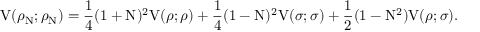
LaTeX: \mathrm { V } ( { \rho } _ { \mathrm { N } } ; { \rho } _ { \mathrm { N } } ) = \frac { 1 } { 4 } ( 1 + \mathrm { N } ) ^ { 2 } \mathrm { V } ( { \rho } ; { \rho } ) + \frac { 1 } { 4 } ( 1 - \mathrm { N } ) ^ { 2 } \mathrm { V } ( { \sigma } ; { \sigma } ) + \frac { 1 } { 2 } ( 1 - \mathrm { N } ^ { 2 } ) \mathrm { V } ( { \rho } ; { \sigma } ) .